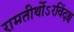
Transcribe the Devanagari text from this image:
रामतीर्थोऽरविंदश्च